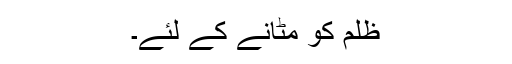
ظلم کو مٹانے کے لئے۔